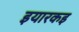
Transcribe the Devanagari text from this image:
इयारकइ